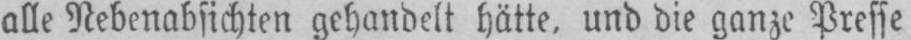
alle Nebenabsichten gehandelt hätte, und die ganze Presse